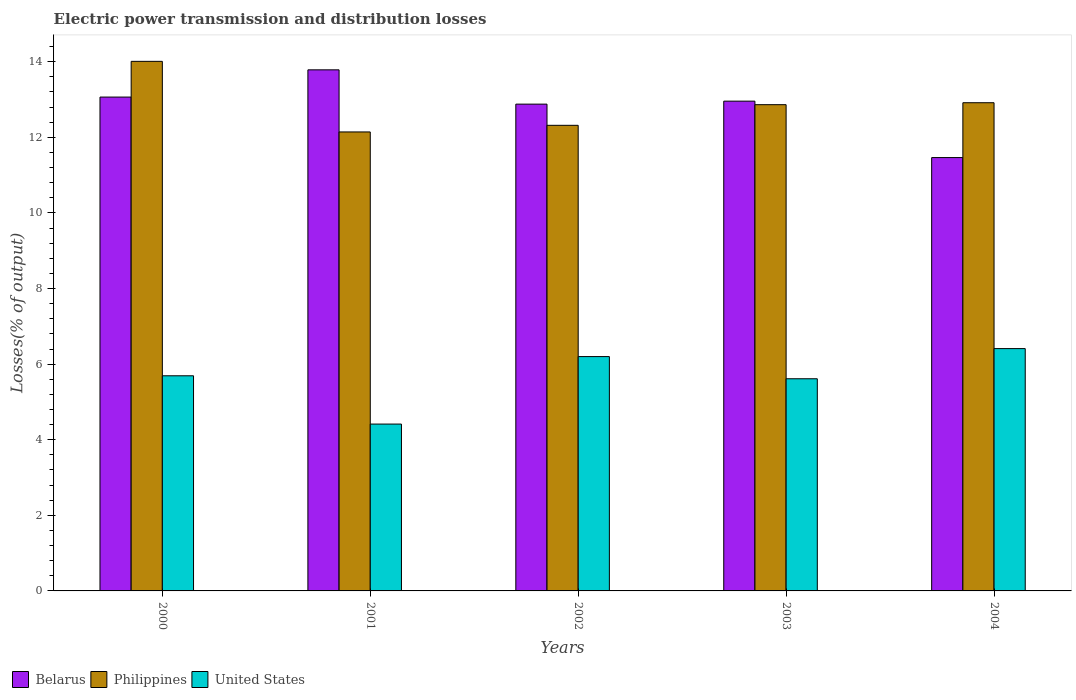
| Years | Belarus | Philippines | United States |
 | --- | --- | --- | --- |
 | 2000 | 13.1 | 14 | 5.69 |
 | 2001 | 13.8 | 12.1 | 4.41 |
 | 2002 | 12.9 | 12.3 | 6.2 |
 | 2003 | 13 | 12.9 | 5.61 |
 | 2004 | 11.5 | 12.9 | 6.41 |